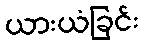
ယားယံခြင်း